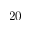
2 0